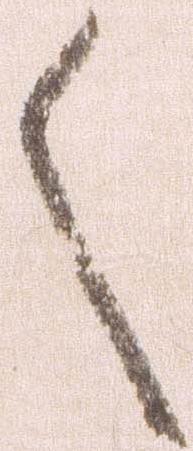
く